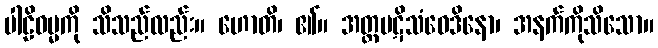
ပါဠိဓမ္မကို သိသည်လည်း။ ဟောတိ၊ ၏။ အတ္ထပဋိသံဝေဒိနော၊ အနက်ကိုသိသော။